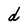
Character: d